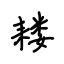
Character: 耧